Report of the Hyderabad Chloroform Commission
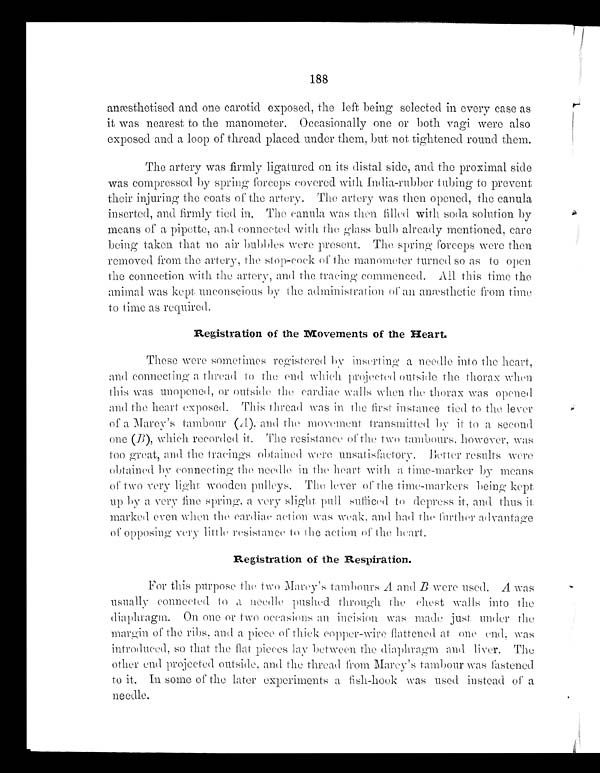
188
anæ sthetised and one carotid exposed, the left being selected in every case as
it was nearest to the manometer. Occasionally one or both vagi were also
exposed and a loop of thread placed under them, but not tightened round them.
The artery was firmly ligatured on its distal side, and the proximal side
was compressed by spring forceps covered with India-rubber tubing to prevent
their injuring the coats of the artery. The artery was then opened, the canula
inserted, and firmly tied in, The canula was then filled with soda solution by
means of a pipette, and connected with the glass bulb already mentioned, care
being taken that no air bubbles were present. The spring forceps were then
removed from the artery, the stop-cock of the manometer turned so as to open
the connection with the artery, and the tracing commenced. All this time the
animal was kept unconscious by the administration of all an æ sthetic from time
to time as required.
Registration of the Movements of the Heart.
These were sometimes registered by inserting a needle into the heart,
and connecting a thread to the end which projected outside the thorax when
this was unopened, or outside the cardiac walls When the thorax was opened
and the heart exposed. This thread was in the first instance tied to the lever
of a Marev's tambour (A ), and the movement transmitted by it to a second.
one (B), which recorded it. The resistance of the two tambours, however, was
too great, and the tracings obtained were unsatishietory. Better results were
obtained by connecting the needle in the heart with a time-marker by
means of two very light wooden pulleys. The lever of the lime-markers being kept
up by a very fine spring, a very slight pull sufficed to depress it, and thus it
marked even when the cardiac action was weak, and had the further advantage
of opposing very little resistance to the action of the hart.
Registration of the Respiration.
For this purpose the two Marey's tambours A and B were used. A was
usually connected to a needle pushed through the chest walls into the
diaphragm. On one or two occasions en incision was made just under the
margin of the ribs, and a piece or thick copper-wire flattened at one end, was
introduced, so that the flat pieces lay between the diaphragm and liver. The
other end projected outside, and the thread from Marcy's tambour was fastened
to it. In some of the later experiments a fish-hook was used instead of a
needle.